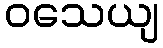
ဝသေယျ